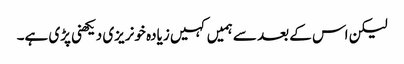
لیکن اس کے بعد سے ہمیں کہیں زیادہ خونریزی دیکھنی پڑی ہے۔